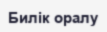
Билік оралу